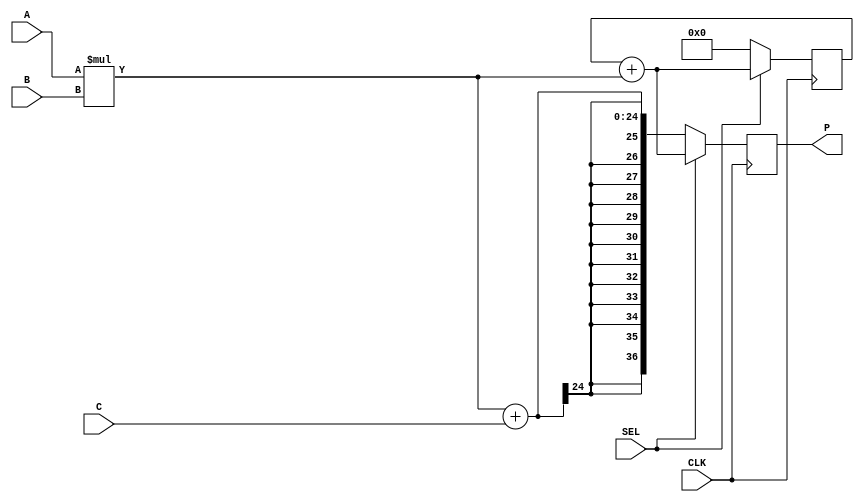
module pow_cal_dsp #(
    parameter INPUT_WIDTH = 12,
    parameter OUTPUT_WIDTH = 37
)(          
    input wire                              CLK,
    input wire                              SEL,
    input wire signed   [INPUT_WIDTH-1:0]   A,
    input wire signed   [INPUT_WIDTH-1:0]   B,
    input wire signed   [INPUT_WIDTH-1:0]   C,
    output wire signed  [OUTPUT_WIDTH-1:0]     P
);

    reg signed [OUTPUT_WIDTH-1:0]  s_result = 'd0;
    reg signed [OUTPUT_WIDTH-1:0]  s_result_t = 'd0;

    reg signed [23:0]  s_mult = 'd0;   

    always @(posedge CLK ) begin
        s_mult = A * B;
        if(SEL) begin
            s_result = s_result_t + s_mult;
            s_result_t = s_result;
        end
        if(~SEL) begin
            s_result_t <= 'd0;
            s_result = s_mult + C;
        end
    end

    assign P = s_result;

endmodule